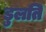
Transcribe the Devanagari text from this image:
डुलति